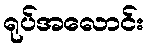
ရုပ်အလောင်း